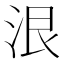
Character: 泿